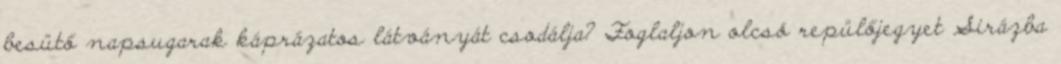
besütő napsugarak káprázatos látványát csodálja? Foglaljon olcsó repülőjegyet Sirázba